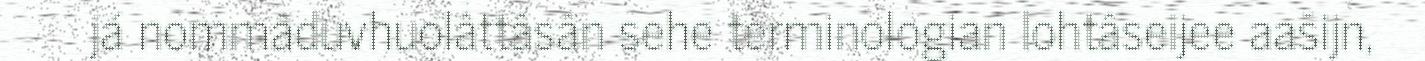
já nommâduvhuolâttâsân sehe terminologian lohtâseijee aašijn,